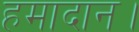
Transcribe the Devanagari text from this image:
हमादान।